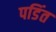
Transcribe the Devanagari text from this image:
पडिंत